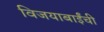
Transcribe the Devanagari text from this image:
विजयाबाईंची